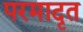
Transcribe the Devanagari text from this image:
परमादृत